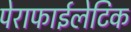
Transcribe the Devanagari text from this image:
पेराफाईलेटिक